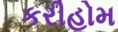
કરીહોમ